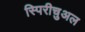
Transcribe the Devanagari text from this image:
स्पिरीचुअल